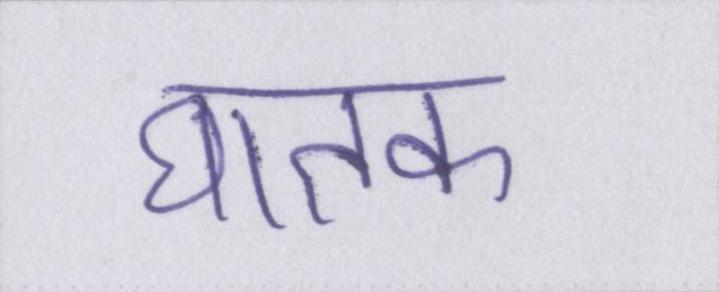
घातक